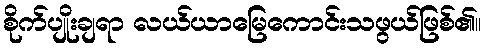
စိုက်ပျိုးချရာ လယ်ယာမြေကောင်းသဖွယ်ဖြစ်၏။